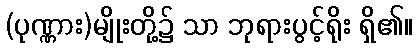
(ပုဏ္ဏား)မျိုးတို့၌ သာ ဘုရားပွင့်ရိုး ရှိ၏။